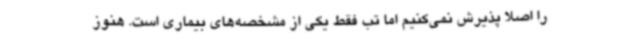
را اصلا پذیرش نمی‌کنیم اما تب فقط یکی از مشخصه‌های بیماری است. هنوز